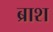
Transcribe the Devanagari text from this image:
ब्राश